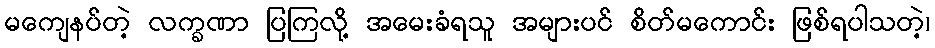
မကျေနပ်တဲ့ လက္ခဏာ ပြကြလို့ အမေးခံရသူ အများပင် စိတ်မကောင်း ဖြစ်ရပါသတဲ့၊